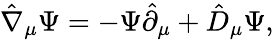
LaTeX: \hat{\nabla}_{\mu}\Psi=-\Psi\hat{\partial}_{\mu}+\hat{D}_{\mu}\Psi,